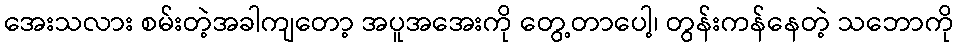
အေးသလား စမ်းတဲ့အခါကျတော့ အပူအအေးကို တွေ့တာပေါ့၊ တွန်းကန်နေတဲ့ သဘောကို